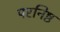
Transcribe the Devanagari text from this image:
परनिष्ठ